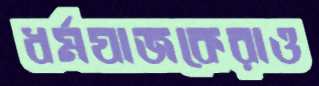
ধর্মযাজকেরাও